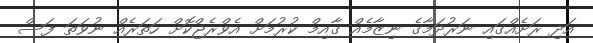
އަދި ރަށެއްގައި ނަރުދަމާގެ ނިޒާމެއް ގާއިމް ކުރުމަށް އެވްރެޖްކޮށް ހަތަރެއް ނުވަތަ ފަސް